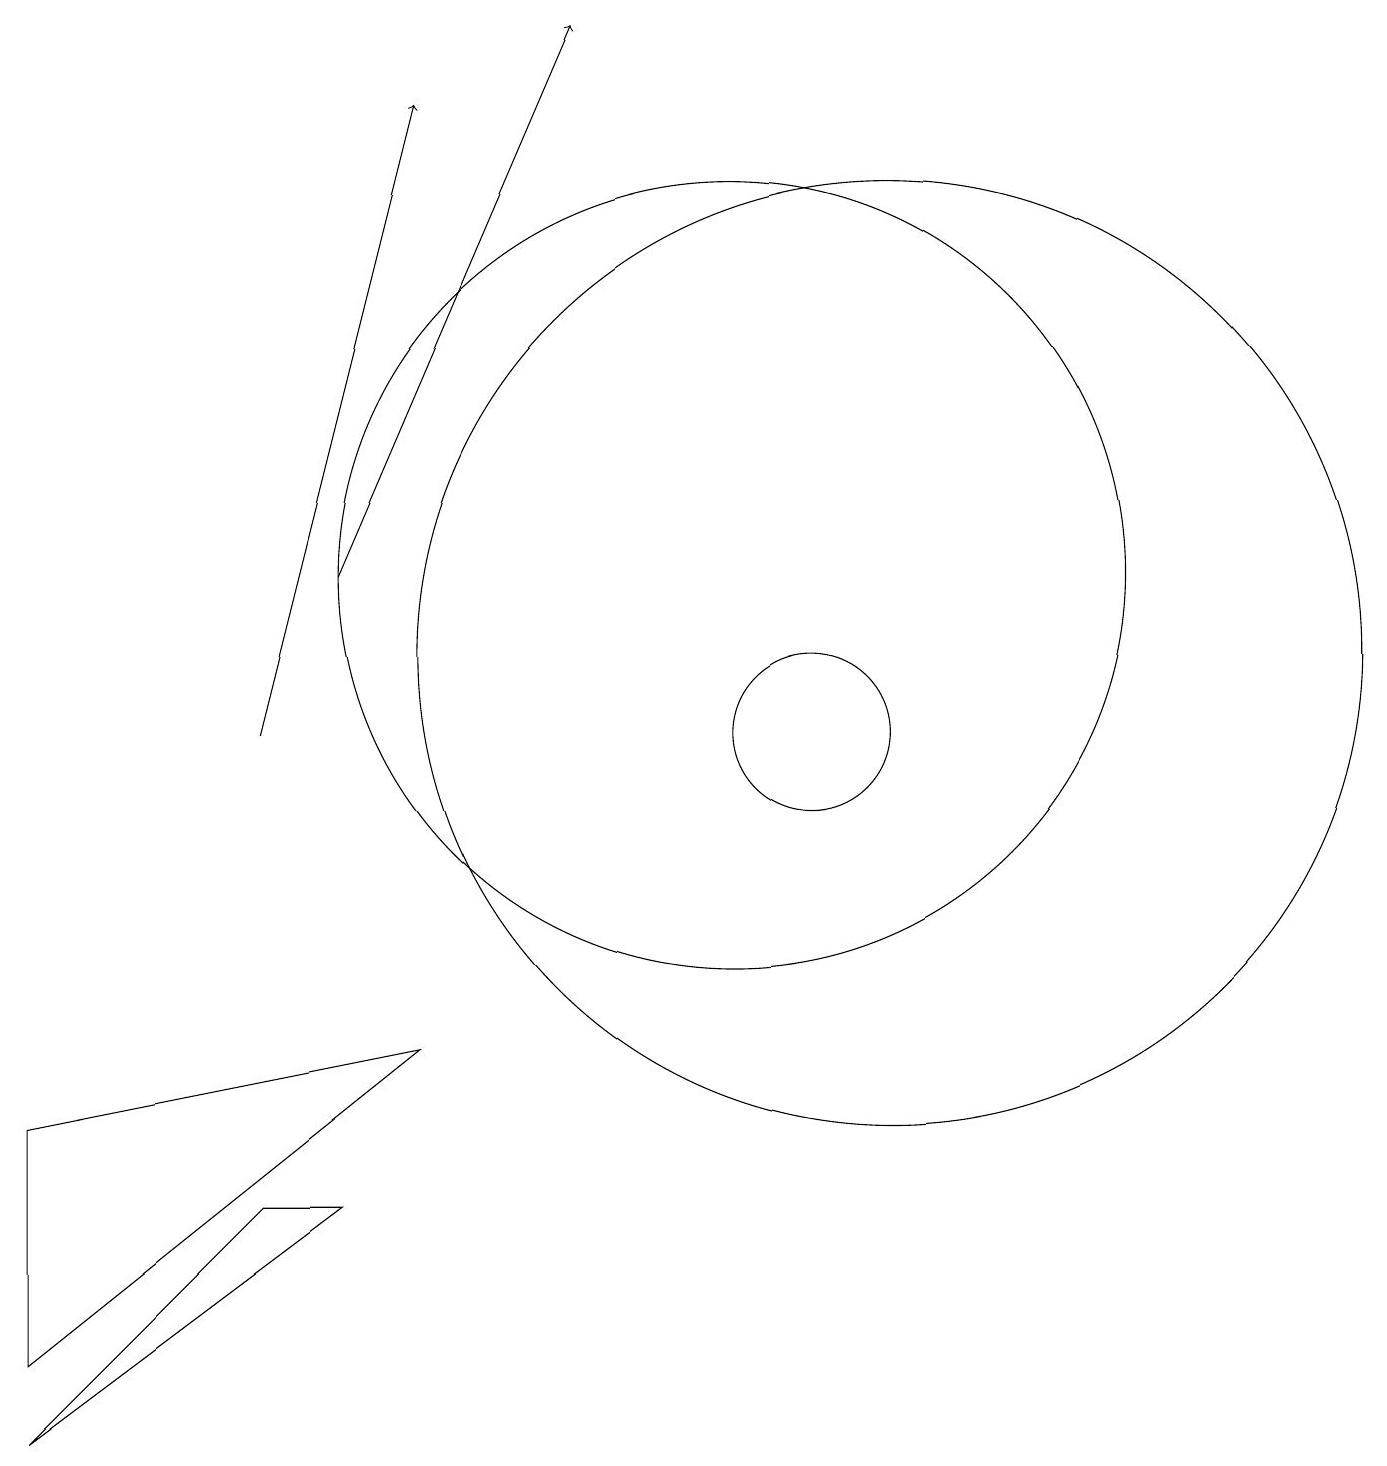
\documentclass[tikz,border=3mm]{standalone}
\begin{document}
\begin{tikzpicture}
\draw[->] (5,12) -- (8,19);
\draw (12,11) circle (6);
\draw[->] (4,10) -- (6,18);
\draw (11,10) circle (1);
\draw (1,2) -- (1,5) -- (6,6) -- cycle;
\draw (4,4) -- (1,1) -- (5,4) -- cycle;
\draw (10,12) circle (5);
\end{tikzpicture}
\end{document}